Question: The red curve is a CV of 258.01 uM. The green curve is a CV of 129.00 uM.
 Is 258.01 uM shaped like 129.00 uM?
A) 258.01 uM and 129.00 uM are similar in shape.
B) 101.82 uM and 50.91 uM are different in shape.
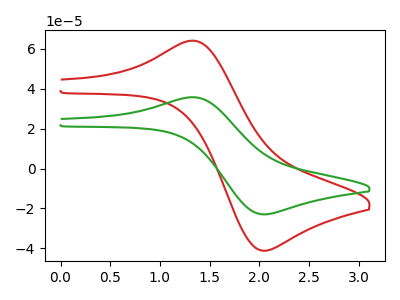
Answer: <think>The red curve "258.01 uM" has an anodic peak at (1.35V, 64.00uA) and a cathodic peak at (2.05V, -41.20uA). The green curve "129.00 uM" has an anodic peak at (1.35V, 35.70uA) and a cathodic peak at (2.05V, -23.00uA).
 All the peaks in "258.01 uM" have a peak in "129.00 uM" at the same potential. Every peak in "258.01 uM" is higher than every peak in "129.00 uM".</think>
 <answer>A) "258.01 uM" and "129.00 uM" are similar in shape.</answer>
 <eval>A</eval>